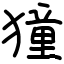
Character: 獞